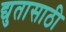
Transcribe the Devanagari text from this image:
द्युतासाठी